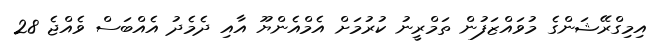
އިމިގްރޭޝަންގެ މުވައްޒަފުން ތަމްރީނު ކުރުމަށް އެމްއެންޔޫ އާއި ދެމެދު އެއްބަސް ވެއްޖެ 28